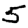
Digit: 5